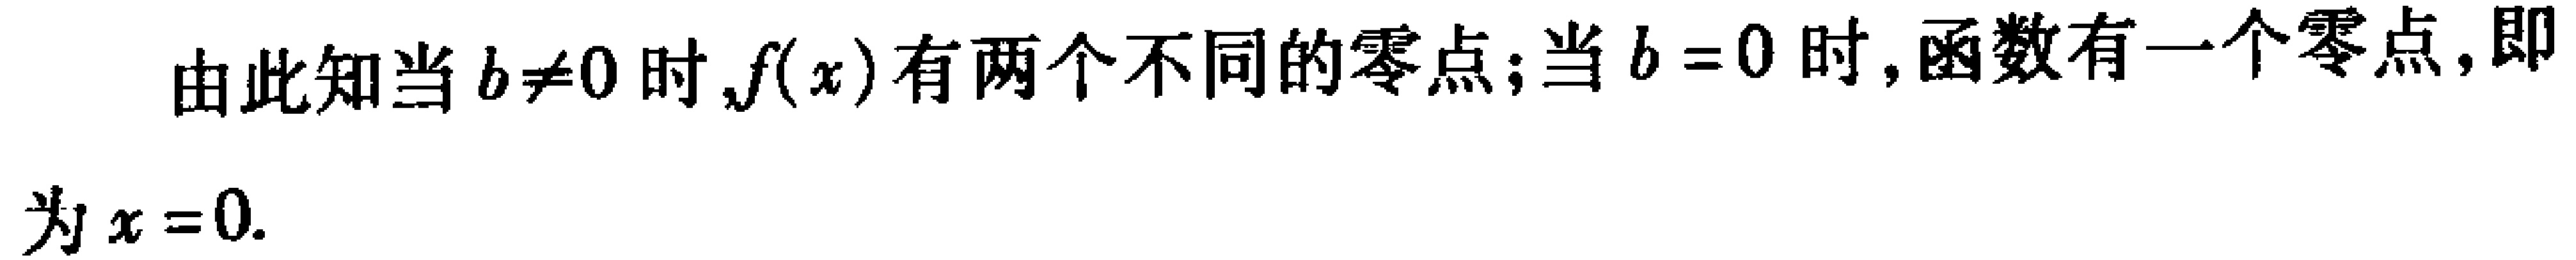
由此知当 \(b\neq0\) 时,\(f(x)\) 有两个不同的零点；当 \(b = 0\) 时,函数有一个零点,即为 \(x = 0\).